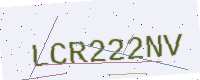
Text: LCR222NV